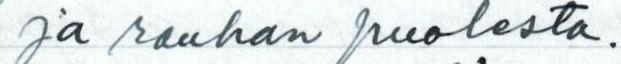
ja rauhan puolesta.